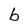
Character: b